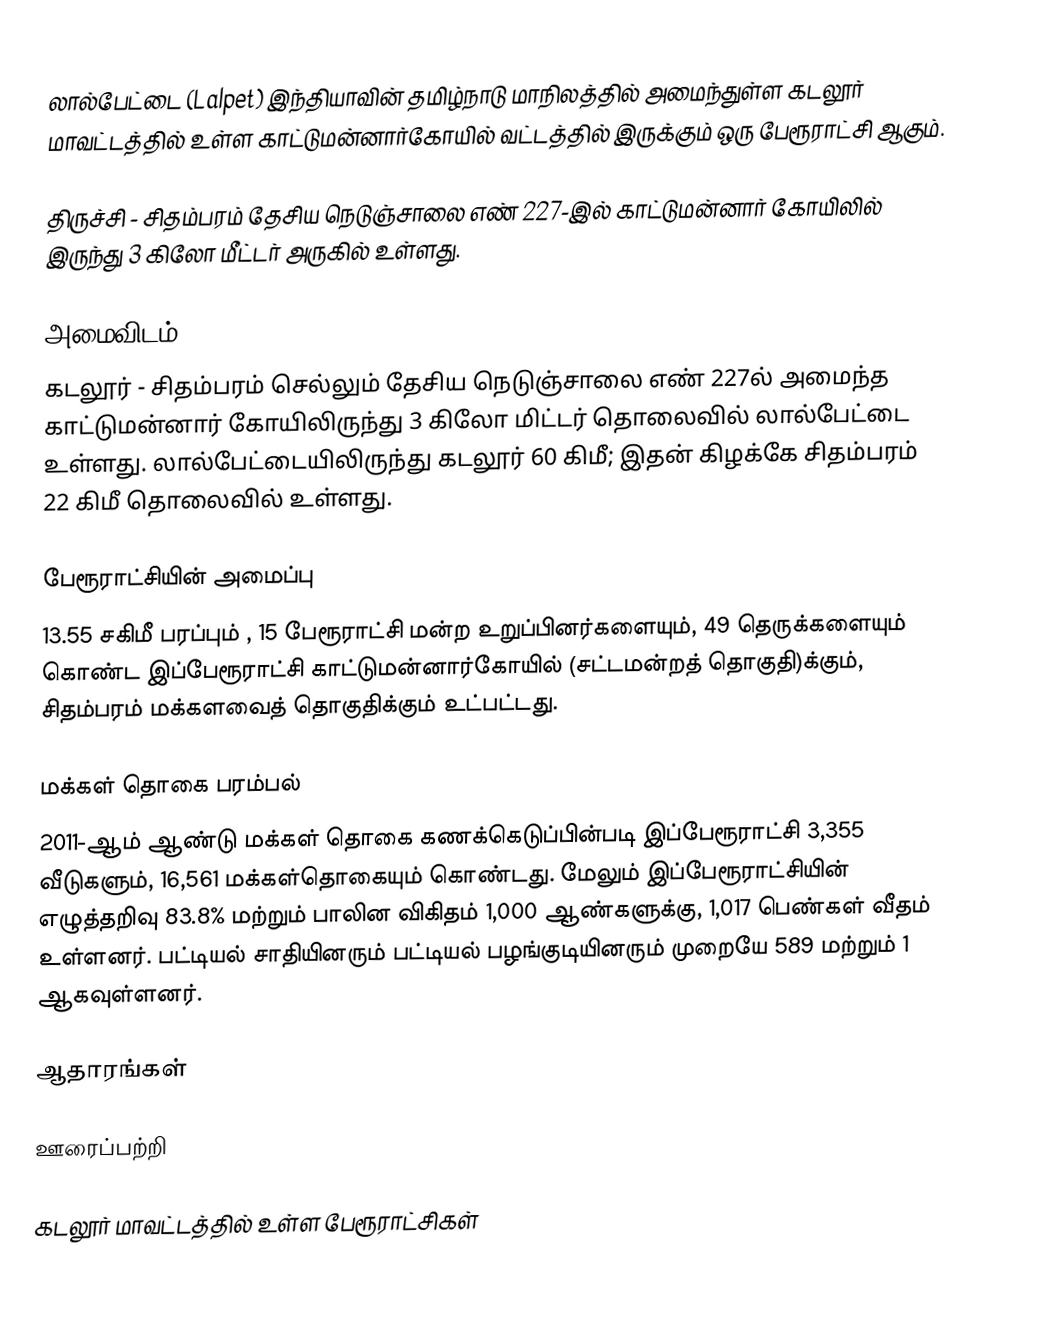
லால்பேட்டை (Lalpet) இந்தியாவின் தமிழ்நாடு மாநிலத்தில் அமைந்துள்ள கடலூர் மாவட்டத்தில் உள்ள காட்டுமன்னார்கோயில் வட்டத்தில் இருக்கும் ஒரு பேரூராட்சி ஆகும்.

திருச்சி - சிதம்பரம் தேசிய நெடுஞ்சாலை எண் 227-இல் காட்டுமன்னார் கோயிலில் இருந்து 3 கிலோ மீட்டர் அருகில் உள்ளது.

அமைவிடம்
கடலூர் - சிதம்பரம் செல்லும்  தேசிய நெடுஞ்சாலை எண் 227ல் அமைந்த  காட்டுமன்னார் கோயிலிருந்து 3 கிலோ மிட்டர் தொலைவில் லால்பேட்டை உள்ளது. லால்பேட்டையிலிருந்து கடலூர் 60 கிமீ; இதன் கிழக்கே சிதம்பரம் 22 கிமீ தொலைவில் உள்ளது.

பேரூராட்சியின் அமைப்பு
13.55 சகிமீ பரப்பும் , 15 பேரூராட்சி மன்ற உறுப்பினர்களையும், 49 தெருக்களையும் கொண்ட  இப்பேரூராட்சி காட்டுமன்னார்கோயில் (சட்டமன்றத் தொகுதி)க்கும், சிதம்பரம் மக்களவைத் தொகுதிக்கும் உட்பட்டது.

மக்கள் தொகை பரம்பல்
2011-ஆம் ஆண்டு மக்கள் தொகை கணக்கெடுப்பின்படி   இப்பேரூராட்சி   3,355     வீடுகளும், 16,561 மக்கள்தொகையும் கொண்டது. மேலும் இப்பேரூராட்சியின் எழுத்தறிவு  83.8% மற்றும்  பாலின விகிதம் 1,000 ஆண்களுக்கு, 1,017  பெண்கள் வீதம் உள்ளனர். பட்டியல் சாதியினரும் பட்டியல் பழங்குடியினரும் முறையே 589 மற்றும் 1 ஆகவுள்ளனர்.

ஆதாரங்கள்

ஊரைப்பற்றி

கடலூர் மாவட்டத்தில் உள்ள பேரூராட்சிகள்